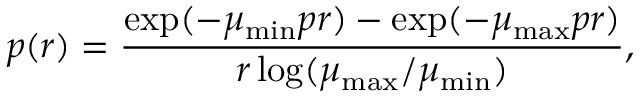
p ( r ) = \frac { \exp ( - \mu _ { \mathrm { m i n } } p r ) - \exp ( - \mu _ { \mathrm { m a x } } p r ) } { r \log ( \mu _ { \mathrm { m a x } } / \mu _ { \mathrm { m i n } } ) } ,